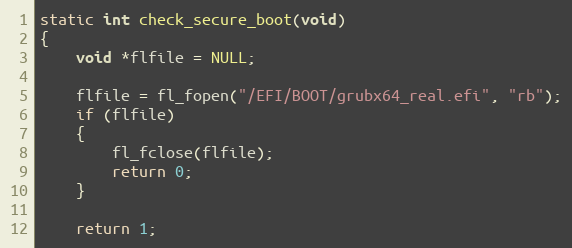
Language: C
static int check_secure_boot(void)
{
    void *flfile = NULL;

    flfile = fl_fopen("/EFI/BOOT/grubx64_real.efi", "rb");
    if (flfile)
    {
        fl_fclose(flfile);
        return 0;
    }

    return 1;